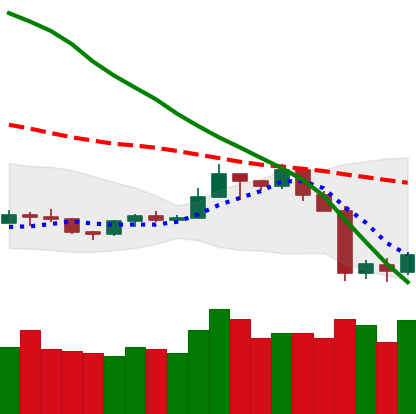
Ticker: TRX-USD
Chart end date: 2019-09-27
Forward return: 5.047%
Label: up_5_7